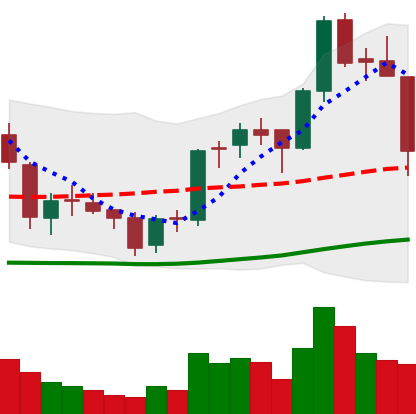
Ticker: BNB-USD
Chart end date: 2018-06-10
Forward return: 6.091%
Label: up_5_7